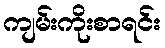
ကျမ်းကိုးစာရင်း